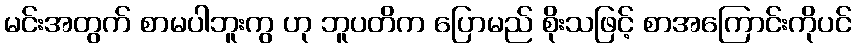
မင်းအတွက် စာမပါဘူးကွ ဟု ဘူပတိက ပြောမည် စိုးသဖြင့် စာအကြောင်းကိုပင်